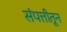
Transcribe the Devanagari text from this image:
संपत्तीतून